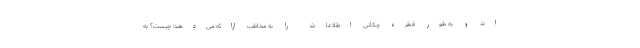
اند و به طور قطره چکانی اطلاعات را به مخاطب ارائه می‌دهند؛ چیست؟ به